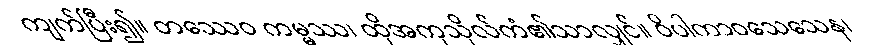
ကျက်ပြီး၍။ တဿေဝ ကမ္မဿ၊ ထိုအကုသိုလ်ကံ၏သာလျှင်။ ဝိပါကာဝသေသေန၊